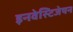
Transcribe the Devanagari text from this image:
इनवेस्टिजेषन